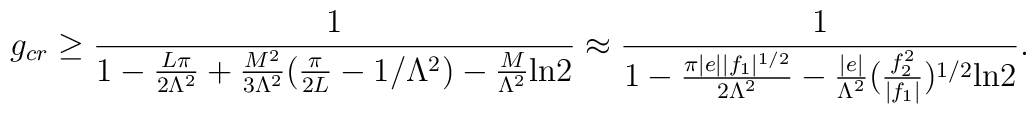
g_{cr} \ge \frac{1}{1 -\frac{L\pi}{2\Lambda^2} +\frac{M^2}{3\Lambda^2}(\frac{\pi}{2L} - 1/\Lambda^2) -\frac{M}{\Lambda^2}\mbox{ln}2}\approx \frac{1}{1 -\frac{\pi|e||f_1|^{1/2}}{2\Lambda^2} -\frac{|e|}{\Lambda^2}(\frac{f_2^2}{|f_1|})^{1/2}\mbox{ln}2}.